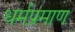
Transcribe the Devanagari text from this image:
धर्मप्रमाण